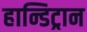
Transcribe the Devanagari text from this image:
हान्डिट्रान